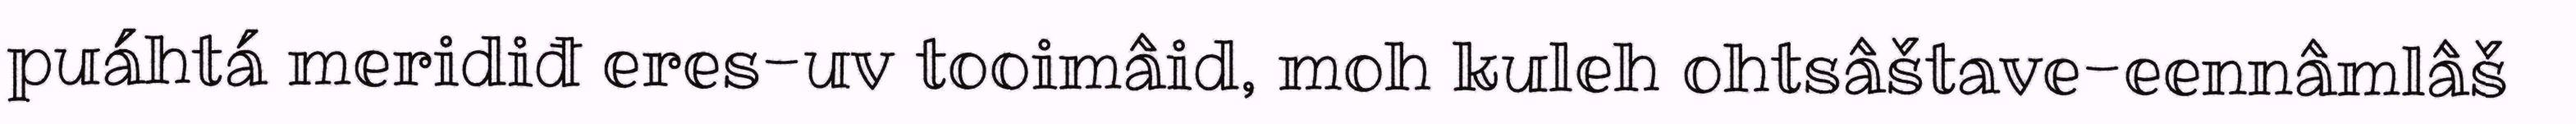
puáhtá meridiđ eres-uv tooimâid, moh kuleh ohtsâštave-eennâmlâš